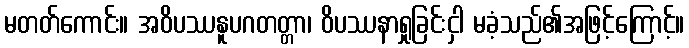
မတတ်ကောင်း။ အဝိပဿနူပဂတတ္တာ၊ ဝိပဿနာရှုခြင်းငှါ မခံ့သည်၏အဖြင့်ကြောင့်။